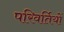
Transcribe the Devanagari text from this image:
परिवर्तियों